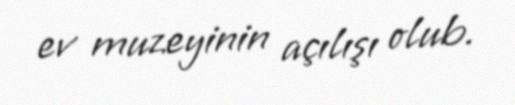
ev muzeyinin açılışı olub.